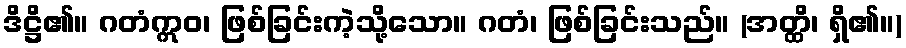
ဒိဋ္ဌိ၏။ ဂတံဣဝ၊ ဖြစ်ခြင်းကဲ့သို့သော။ ဂတံ၊ ဖြစ်ခြင်းသည်။ (အတ္ထိ၊ ရှိ၏။)